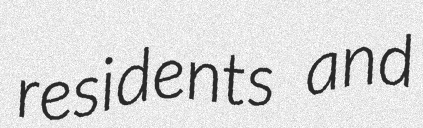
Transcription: residents and